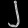
Digit: ၂